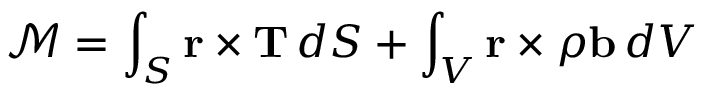
{ \mathcal { M } } = \int _ { S } \mathbf { r } \times \mathbf { T } \, d S + \int _ { V } \mathbf { r } \times \rho \mathbf { b } \, d V